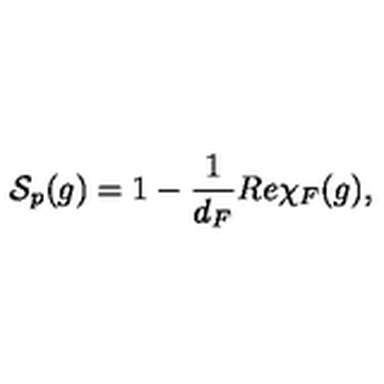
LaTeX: { \cal S } _ { p } ( g ) = 1 - \frac { 1 } { d _ { F } } R e \chi _ { F } ( g ) ,